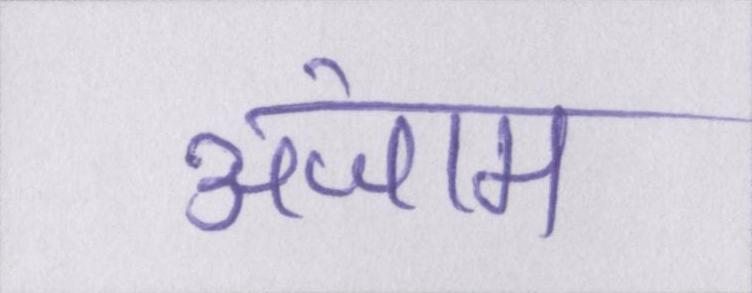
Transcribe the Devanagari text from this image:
अंजाम